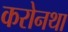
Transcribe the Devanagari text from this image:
करोनथा